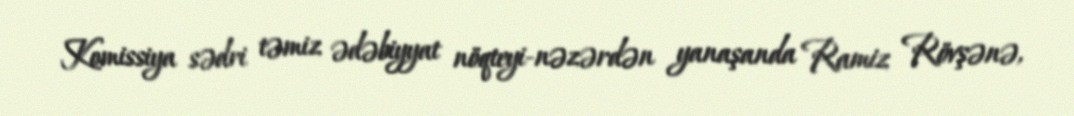
Komissiya sədri təmiz ədəbiyyat nöqteyi-nəzərdən yanaşanda Ramiz Rövşənə,